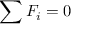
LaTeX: \sum F _ { i } = 0